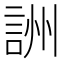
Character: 詶